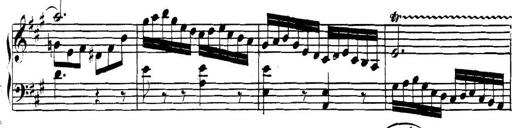
Title: Collected Piano Sonatas
Composer: Muzio Clementi